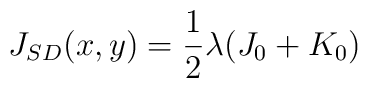
J_{SD}(x,y)=\frac{1}{2}\lambda (J_{0}+K_{0})